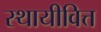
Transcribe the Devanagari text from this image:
स्थायीवित्त